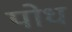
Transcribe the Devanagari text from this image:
पोध